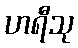
ဟရီသု